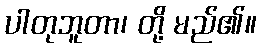
ပါတုဘူတာ၊ တို့ မည်၏။